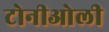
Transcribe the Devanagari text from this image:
टोनीओली